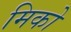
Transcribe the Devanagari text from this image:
मिको